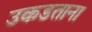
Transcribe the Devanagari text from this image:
उकडताना